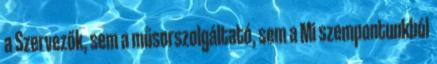
a Szervezők, sem a műsorszolgáltató, sem a Mi szempontunkból